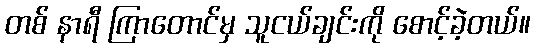
တစ် နာရီ ကြာတောင်မှ သူငယ်ချင်းကို စောင့်ခဲ့တယ်။